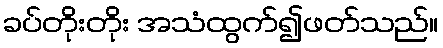
ခပ်တိုးတိုး အသံထွက်၍ဖတ်သည်။